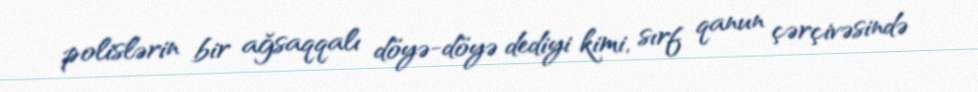
polislərin bir ağsaqqalı döyə-döyə dediyi kimi, sırf qanun çərçivəsində